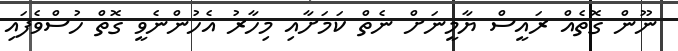
ނޫން ގޮތެއް ރައީސް ޔާމީނަށް ނެތް ކަމަށާއި މިހާރު އެހުންނެވީ ގޮތް ހުސްވެފައި